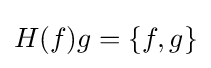
H(f)g=\{f,g\}